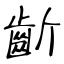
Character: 齗